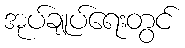
အုပ်ချုပ်ရေးတွင်